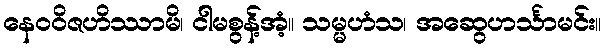
နေဝဝိဇဟိဿာမိ၊ ငါမစွန့်အံ့။ သမ္မဟံသ၊ အဆွေဟင်္သာမင်း။